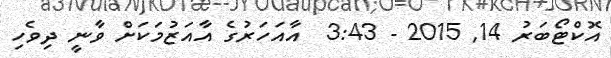
އޮކްޓޯބަރު 14